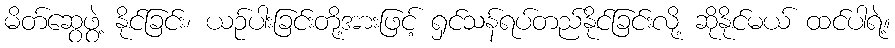
မိတ်ဆွေဖွဲ့ နိုင်ခြင်း၊ ယဉ်ပါးခြင်းတို့အားဖြင့် ရှင်သန်ရပ်တည်နိုင်ခြင်းလို့ ဆိုနိုင်မယ် ထင်ပါရဲ့။